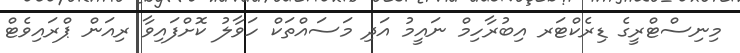
މިނިސްޓްރީގެ ޑިރެކްޓަރ އިބުރާހިމް ނައީމު އަދި މަސައްތަކް ހަވާލު ކޮށްފައިވާ ރިއަން ޕްރައިވެޓް